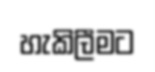
හැකිලීමට